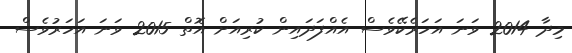
މިދާ 2014 ވަނަ އަހަރެކޭވެސް އެއްފަދައިން ކުރިއަށް އޮތް 2015 ވަނަ އަހަރުވެސް